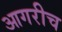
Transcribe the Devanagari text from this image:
आगरीच